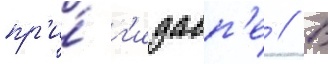
пр'и́ г'идасп'е // В